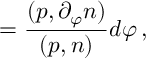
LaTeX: { \bf \Omega } = \frac { ( p , \partial _ { \varphi } n ) } { ( p , n ) } d \varphi \, ,